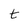
Character: t